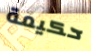
حكيمة